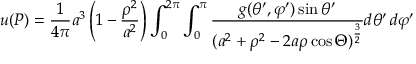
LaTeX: u ( P ) = { \frac { 1 } { 4 \pi } } a ^ { 3 } \left( 1 - { \frac { \rho ^ { 2 } } { a ^ { 2 } } } \right) \int _ { 0 } ^ { 2 \pi } \int _ { 0 } ^ { \pi } { \frac { g ( \theta ^ { \prime } , \varphi ^ { \prime } ) \sin \theta ^ { \prime } } { ( a ^ { 2 } + \rho ^ { 2 } - 2 a \rho \cos \Theta ) ^ { \frac { 3 } { 2 } } } } d \theta ^ { \prime } \, d \varphi ^ { \prime }